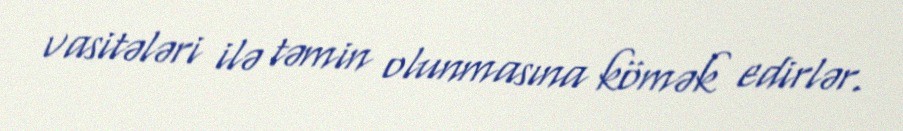
vasitələri ilə təmin olunmasına kömək edirlər.